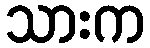
သားက